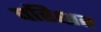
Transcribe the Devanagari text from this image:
परिक्षत